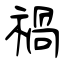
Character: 禍